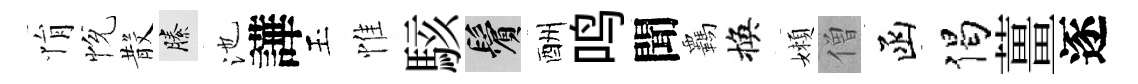
悁恱𣪚縢池譁玉惟駭鬢酬鸣聞覊換嬾僧函偈薑逐